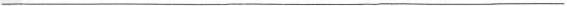
___